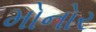
મોનોર